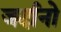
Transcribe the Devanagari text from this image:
जर्दानो